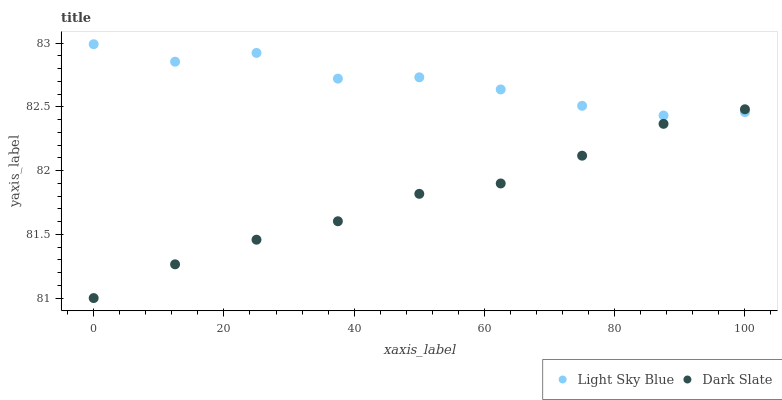
| xaxis_label | Light Sky Blue | Dark Slate |
 | --- | --- | --- |
 | 0 | 83 | 81 |
 | 12.5 | 82.9 | 81.3 |
 | 25 | 82.9 | 81.5 |
 | 37.5 | 82.7 | 81.6 |
 | 50 | 82.7 | 81.8 |
 | 62.5 | 82.6 | 81.9 |
 | 75 | 82.5 | 82.1 |
 | 87.5 | 82.4 | 82.4 |
 | 100 | 82.5 | 82.5 |